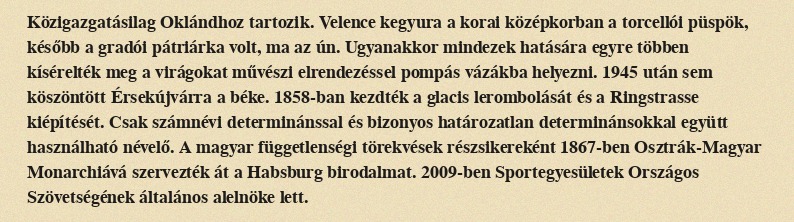
Közigazgatásilag Oklándhoz tartozik. Velence kegyura a korai középkorban a torcellói püspök, később a gradói pátriárka volt, ma az ún. Ugyanakkor mindezek hatására egyre többen kísérelték meg a virágokat művészi elrendezéssel pompás vázákba helyezni. 1945 után sem köszöntött Érsekújvárra a béke. 1858-ban kezdték a glacis lerombolását és a Ringstrasse kiépítését. Csak számnévi determinánssal és bizonyos határozatlan determinánsokkal együtt használható névelő. A magyar függetlenségi törekvések részsikereként 1867-ben Osztrák-Magyar Monarchiává szervezték át a Habsburg birodalmat. 2009-ben Sportegyesületek Országos Szövetségének általános alelnöke lett.